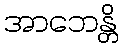
အာဘေန္တိ